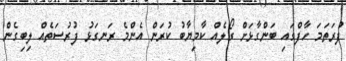
ފުރަތަމަ ހާފްގައި ބަންގާޅަށް ގޯލެއް ކާމިޔާބު ކުރަން އެންމެ ރަނގަޅު ފުރުސަތެއް ލިބިގެން